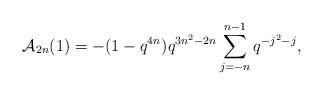
\begin{align*} \mathcal{A}_{2n}(1) = - (1-q^{4n})q^{3n^2-2n}\sum_{j=-n}^{n-1}q^{-j^2-j},\end{align*}